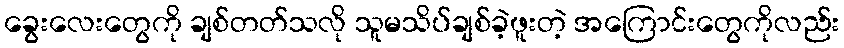
ခွေးလေးတွေကို ချစ်တတ်သလို သူမသိပ်ချစ်ခဲ့ဖူးတဲ့ အကြောင်းတွေကိုလည်း